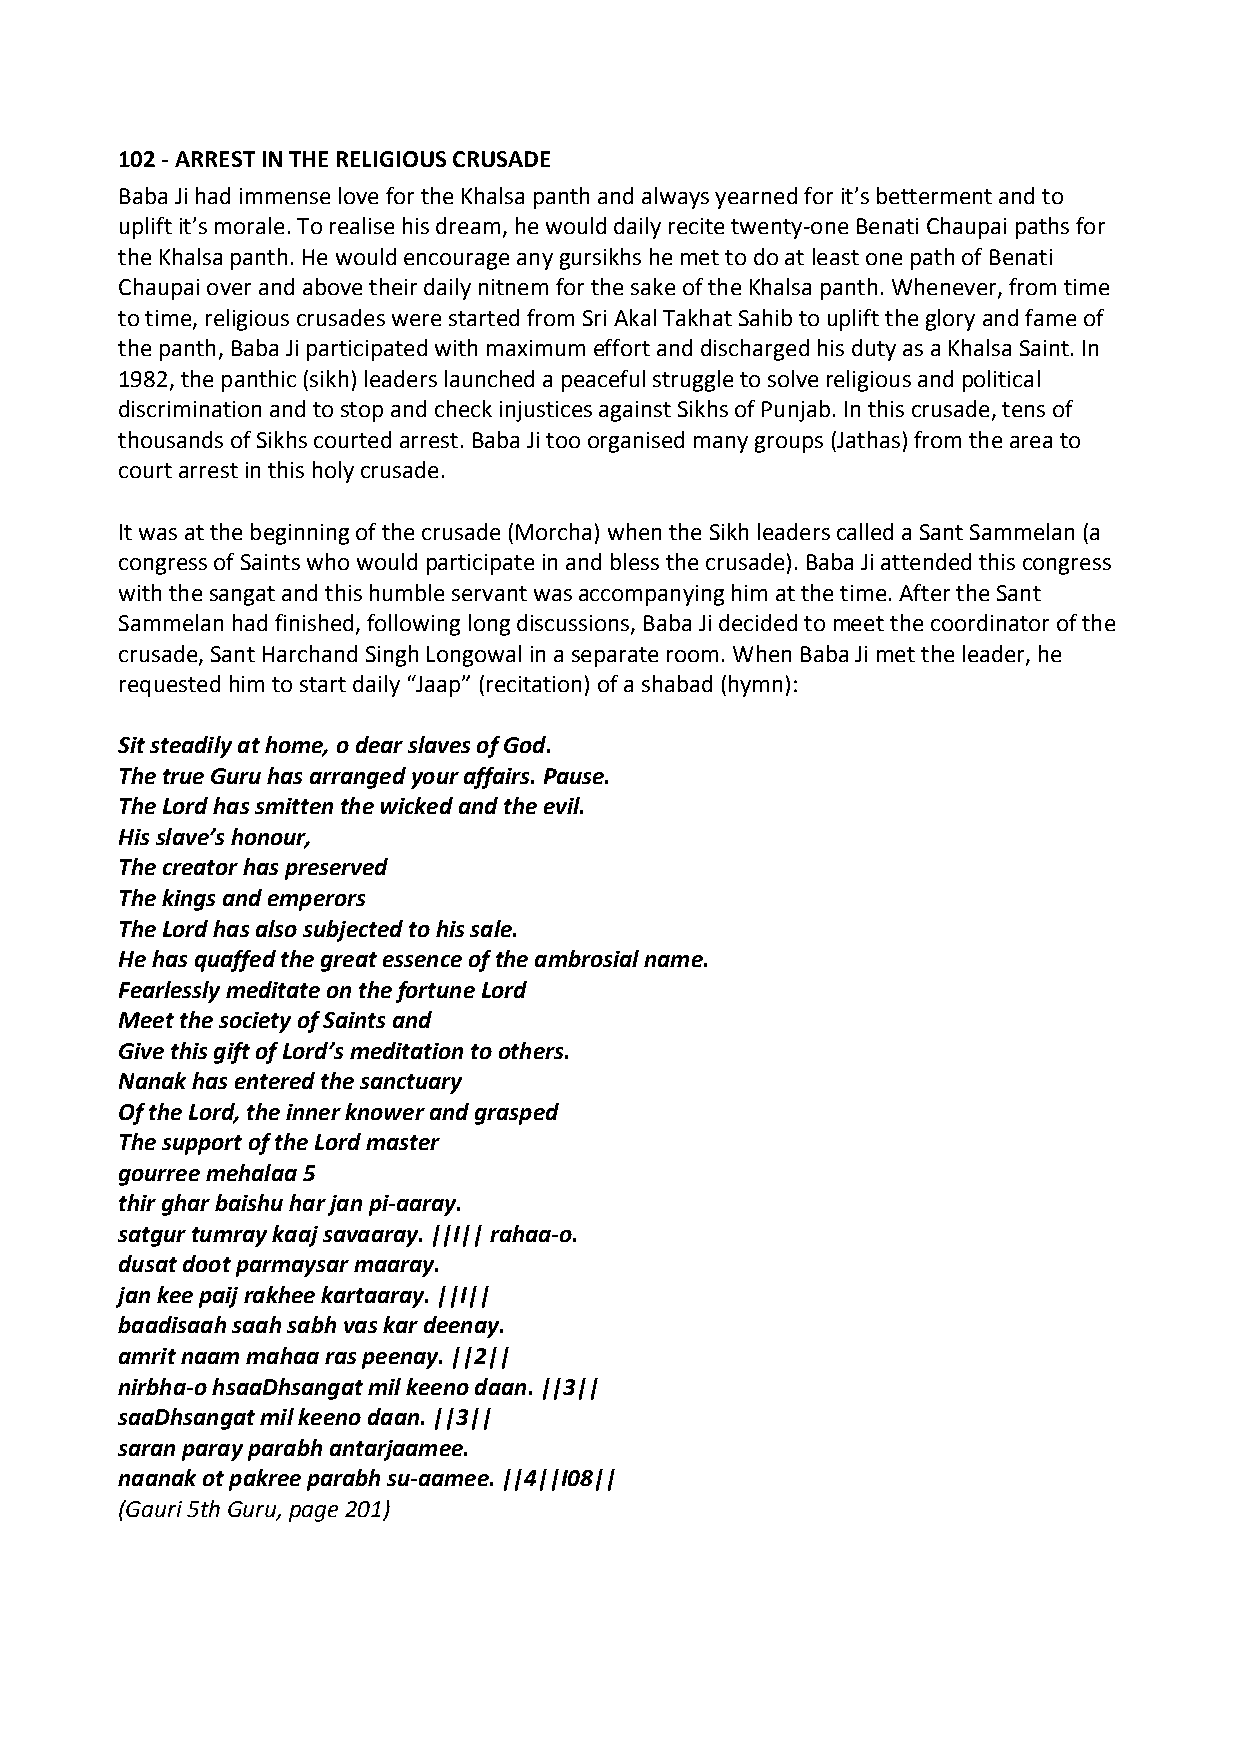
102 ‐ ARREST IN THE RELIGIOUS CRUSADE
 Baba Ji had immense love for the Khalsa panth and always yearned for it’s betterment and to
 uplift it’s morale. To realise his dream, he would daily recite twenty‐one Benati Chaupai paths for
 the Khalsa panth. He would encourage any gursikhs he met to do at least one path of Benati
 Chaupai over and above their daily nitnem for the sake of the Khalsa panth. Whenever, from time
 to time, religious crusades were started from Sri Akal Takhat Sahib to uplift the glory and fame of
 the panth, Baba Ji participated with maximum effort and discharged his duty as a Khalsa Saint. In
 1982, the panthic (sikh) leaders launched a peaceful struggle to solve religious and political
 discrimination and to stop and check injustices against Sikhs of Punjab. In this crusade, tens of
 thousands of Sikhs courted arrest. Baba Ji too organised many groups (Jathas) from the area to
 court arrest in this holy crusade.
 It was at the beginning of the crusade (Morcha) when the Sikh leaders called a Sant Sammelan (a
 congress of Saints who would participate in and bless the crusade). Baba Ji attended this congress
 with the sangat and this humble servant was accompanying him at the time. After the Sant
 Sammelan had finished, following long discussions, Baba Ji decided to meet the coordinator of the
 crusade, Sant Harchand Singh Longowal in a separate room. When Baba Ji met the leader, he
 requested him to start daily “Jaap” (recitation) of a shabad (hymn):
 Sit steadily at home, o dear slaves of God.
 The true Guru has arranged your affairs. Pause.
 The Lord has smitten the wicked and the evil.
 His slave’s honour,
 The creator has preserved
 The kings and emperors
 The Lord has also subjected to his sale.
 He has quaffed the great essence of the ambrosial name.
 Fearlessly meditate on the fortune Lord
 Meet the society of Saints and
 Give this gift of Lord’s meditation to others.
 Nanak has entered the sanctuary
 Of the Lord, the inner knower and grasped
 The support of the Lord master
 gourree mehalaa 5
 thir ghar baishu har jan pi‐aaray.
 satgur tumray kaaj savaaray. ||I|| rahaa‐o.
 dusat doot parmaysar maaray.
 jan kee paij rakhee kartaaray. ||I||
 baadisaah saah sabh vas kar deenay.
 amrit naam mahaa ras peenay. ||2||
 nirbha‐o hsaaDhsangat mil keeno daan. ||3||
 saaDhsangat mil keeno daan. ||3||
 saran paray parabh antarjaamee.
 naanak ot pakree parabh su‐aamee. ||4||I08||
 (Gauri 5th Guru, page 201)